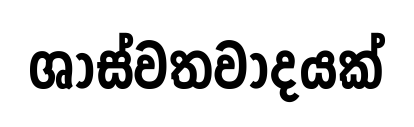
ශාස්වතවාදයක්